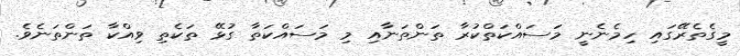
މީގެތެރޭގައި ހިމެނެނީ މަސައްކަތްކުރާ ތަންތަނާއި މި މަސައްކަތާ ގުޅޭ ތަކެތި ވިއްކާ ތަންތަނެވެ.